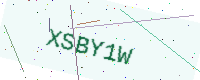
Text: XSBY1W